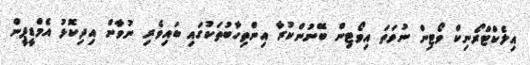
އިލެކްޓްރޯނިކް ވޯޓިން ނުވަތަ އިވޯޓިން ބޭނުންކުރާ އިންތިހާބުތަކުގައި ބައިވެރި ނުވާން އިދިކޮޅު އެމްޑީޕީން